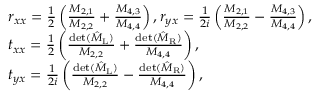
\begin{array} { r l } & { r _ { x x } = \frac { 1 } { 2 } \left( \frac { M _ { 2 , 1 } } { M _ { 2 , 2 } } + \frac { M _ { 4 , 3 } } { M _ { 4 , 4 } } \right) , r _ { y x } = \frac { 1 } { 2 i } \left( \frac { M _ { 2 , 1 } } { M _ { 2 , 2 } } - \frac { M _ { 4 , 3 } } { M _ { 4 , 4 } } \right) , } \\ & { t _ { x x } = \frac { 1 } { 2 } \left( \frac { \operatorname* { d e t } ( \hat { M } _ { \mathrm { L } } ) } { M _ { 2 , 2 } } + \frac { \operatorname* { d e t } ( \hat { M } _ { \mathrm { R } } ) } { M _ { 4 , 4 } } \right) , } \\ & { t _ { y x } = \frac { 1 } { 2 i } \left( \frac { \operatorname* { d e t } ( \hat { M } _ { \mathrm { L } } ) } { M _ { 2 , 2 } } - \frac { \operatorname* { d e t } ( \hat { M } _ { \mathrm { R } } ) } { M _ { 4 , 4 } } \right) , } \end{array}